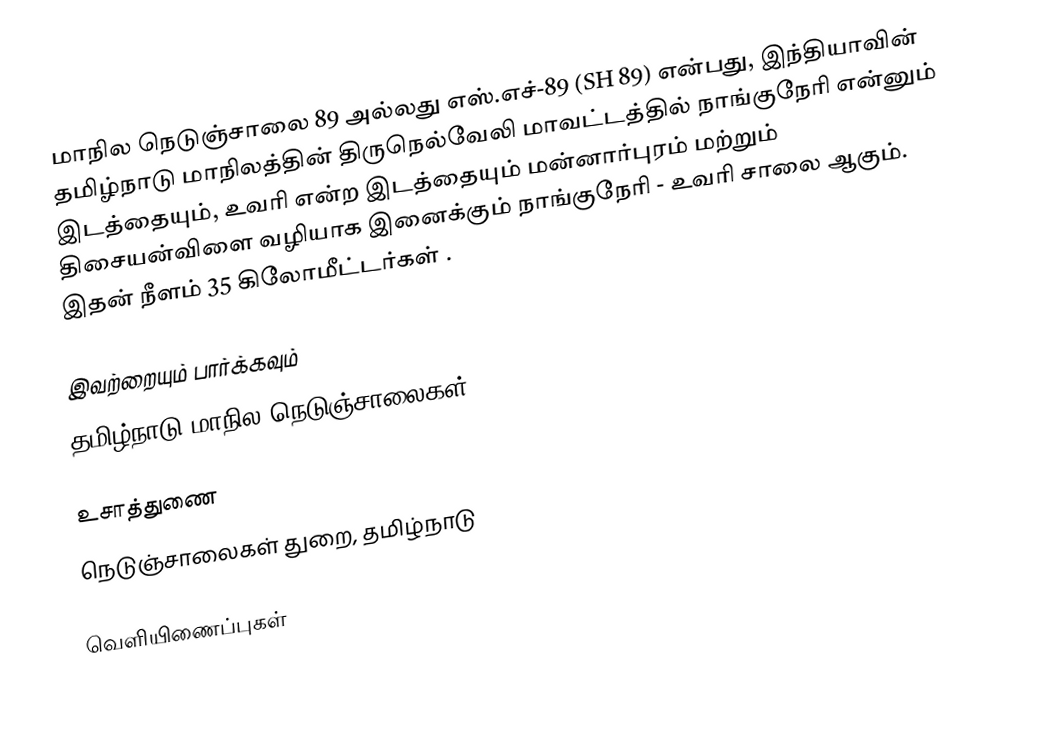
மாநில நெடுஞ்சாலை 89 அல்லது எஸ்.எச்-89 (SH 89) என்பது, இந்தியாவின் தமிழ்நாடு மாநிலத்தின் திருநெல்வேலி மாவட்டத்தில் நாங்குநேரி என்னும் இடத்தையும், உவரி என்ற இடத்தையும்  மன்னார்புரம் மற்றும் திசையன்விளை வழியாக இனைக்கும் நாங்குநேரி - உவரி சாலை ஆகும். இதன் நீளம் 35  கிலோமீட்டர்கள் .

இவற்றையும் பார்க்கவும்
 தமிழ்நாடு மாநில நெடுஞ்சாலைகள்

உசாத்துணை
 நெடுஞ்சாலைகள் துறை, தமிழ்நாடு

வெளியிணைப்புகள்